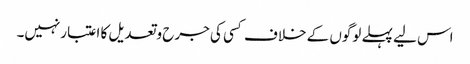
اس لیے پہلے لوگوں کے خلاف کسی کی جرح وتعدیل کا اعتبارنہیں۔